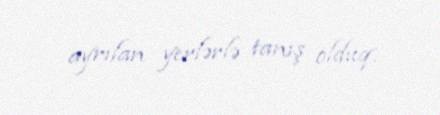
ayrılan yerlərlə tanış olduq.